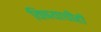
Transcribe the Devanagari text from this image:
विषयाचीही